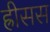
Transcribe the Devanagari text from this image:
ह्रीसस